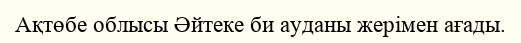
Ақтөбе облысы Әйтеке би ауданы жерімен ағады.